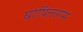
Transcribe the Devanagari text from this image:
घोषिताराम